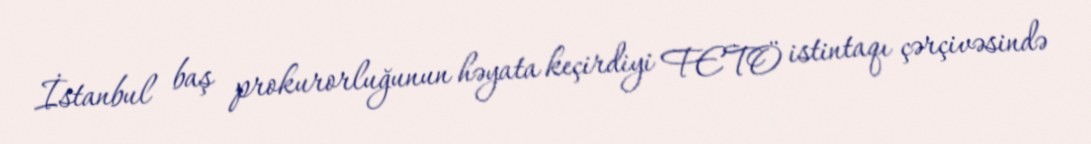
İstanbul baş prokurorluğunun həyata keçirdiyi FETÖ istintaqı çərçivəsində